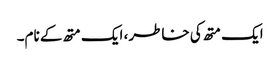
ایک متھ کی خاطر، ایک متھ کے نام۔